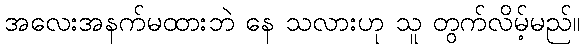
အလေးအနက်မထားဘဲ နေ သလားဟု သူ တွက်လိမ့်မည်။